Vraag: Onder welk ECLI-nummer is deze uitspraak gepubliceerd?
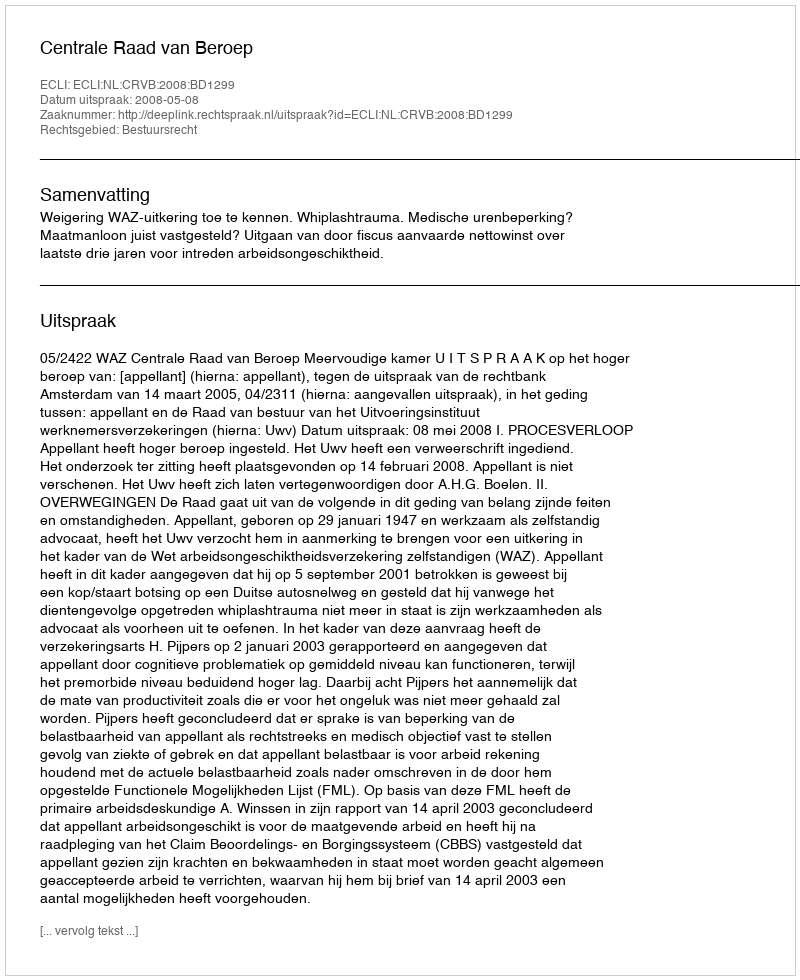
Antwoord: ECLI:NL:CRVB:2008:BD1299